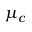
\mu _ { c }